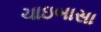
ચાઇબાસા